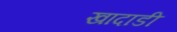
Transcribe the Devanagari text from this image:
खादाडी